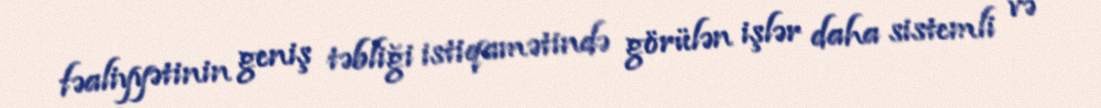
fəaliyyətinin geniş təbliği istiqamətində görülən işlər daha sistemli və